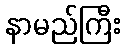
နာမည်ကြီး